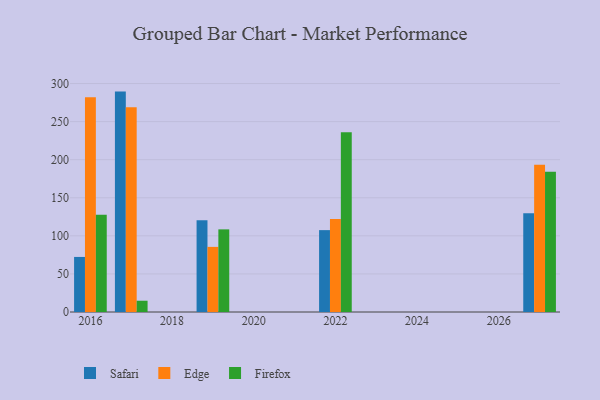
{"axis": {"x": "Year", "y": "Demand Index"}, "legend": ["Edge", "Firefox", "Safari"], "data": [{"x": "2019", "y": 120.5, "type": "Safari"}, {"x": "2019", "y": 85.5, "type": "Edge"}, {"x": "2019", "y": 108.5, "type": "Firefox"}, {"x": "2027", "y": 129.6, "type": "Safari"}, {"x": "2027", "y": 193.4, "type": "Edge"}, {"x": "2027", "y": 184.0, "type": "Firefox"}, {"x": "2022", "y": 107.5, "type": "Safari"}, {"x": "2022", "y": 122.2, "type": "Edge"}, {"x": "2022", "y": 235.9, "type": "Firefox"}, {"x": "2017", "y": 289.4, "type": "Safari"}, {"x": "2017", "y": 268.8, "type": "Edge"}, {"x": "2017", "y": 14.8, "type": "Firefox"}, {"x": "2016", "y": 72.3, "type": "Safari"}, {"x": "2016", "y": 282.1, "type": "Edge"}, {"x": "2016", "y": 127.7, "type": "Firefox"}]}